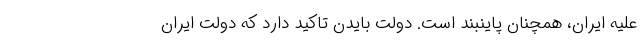
علیه ایران، همچنان پاینبند است. دولت بایدن تاکید دارد که دولت ایران